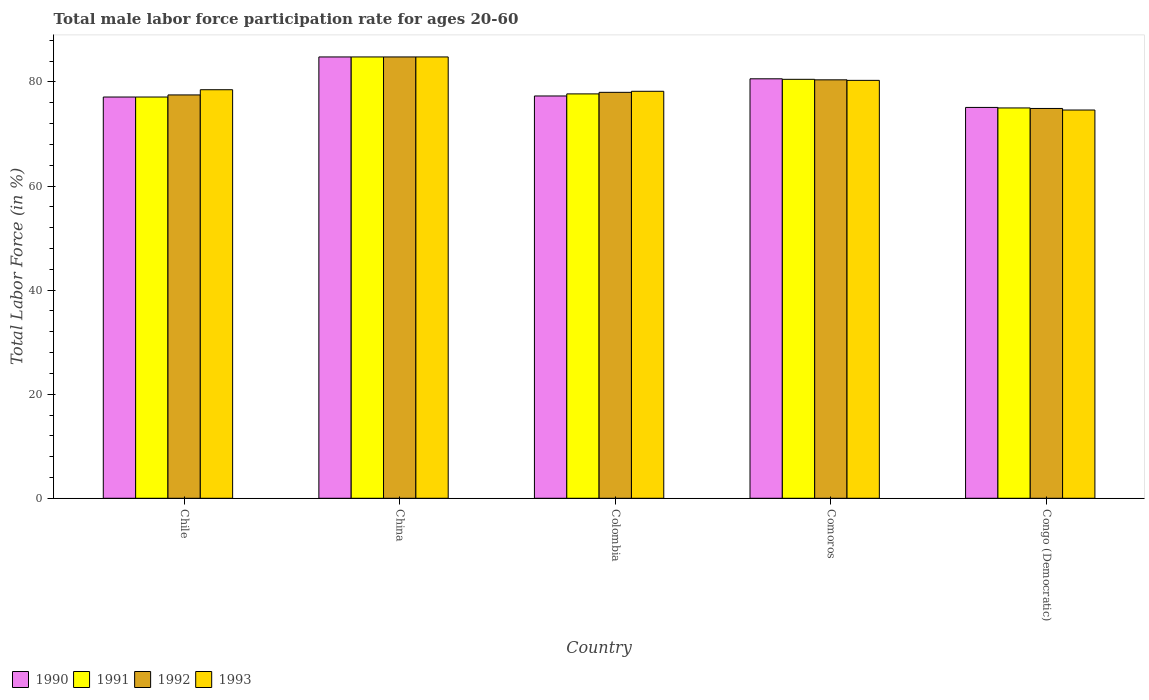
| Country | 1990 | 1991 | 1992 | 1993 |
 | --- | --- | --- | --- | --- |
 | Chile | 77.1 | 77.1 | 77.5 | 78.5 |
 | China | 84.8 | 84.8 | 84.8 | 84.8 |
 | Colombia | 77.3 | 77.7 | 78 | 78.2 |
 | Comoros | 80.6 | 80.5 | 80.4 | 80.3 |
 | Congo (Democratic) | 75.1 | 75 | 74.9 | 74.6 |